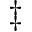
\ddagger